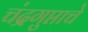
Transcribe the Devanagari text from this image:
चंद्रगुप्ताचे